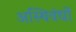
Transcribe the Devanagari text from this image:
अस्थिवंधों